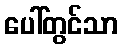
ပေါ်တွင်သာ